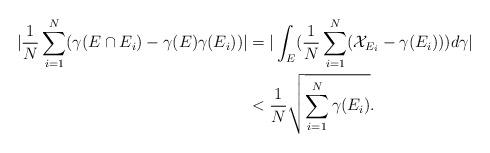
LaTeX: \begin{align*}| \frac1{N} \sum_{i=1}^{N} (\gamma (E\cap E_i)-\gamma (E)\gamma (E_i)) |&= | \int_{E} (\frac1{N} \sum_{i=1}^{N}({\mathcal X}_{E_i}-\gamma (E_i)))d\gamma | \\ &< \frac1N \sqrt{\sum_{i=1}^{N} \gamma (E_i)}.\end{align*}